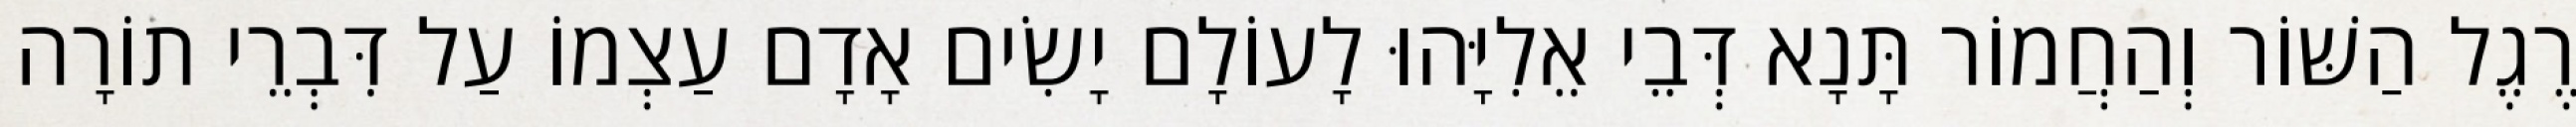
רֶגֶל הַשּׁוֹר וְהַחֲמוֹר תָּנָא דְּבֵי אֵלִיָּהוּ לָעוֹלָם יָשִׂים אָדָם עַצְמוֹ עַל דִּבְרֵי תוֹרָה